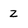
Character: z